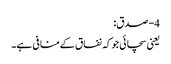
4- صدق:
یعنی سچائی جوکہ نفاق کےمنافی ہے۔